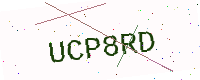
Text: UCP8RD